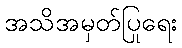
အသိအမှတ်ပြုရေး